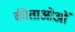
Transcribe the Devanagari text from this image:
कीताओओं